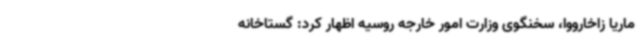
ماریا زاخارووا، سخنگوی وزارت امور خارجه روسیه اظهار کرد: گستاخانه